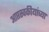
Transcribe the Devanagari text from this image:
आप्तस्वकीयांच्या